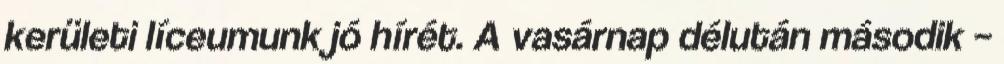
kerületi líceumunk jó hírét. A vasárnap délután második –